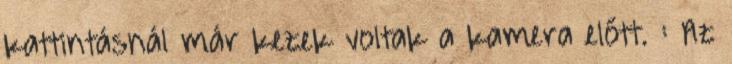
kattintásnál már kezek voltak a kamera előtt. : Az